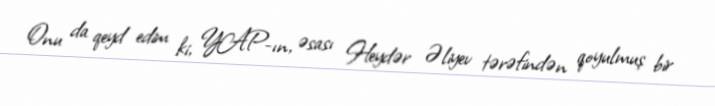
Onu da qeyd edim ki, YAP-ın, əsası Heydər Əliyev tərəfindən qoyulmuş bir